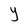
Character: Y